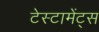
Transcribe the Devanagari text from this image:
टेस्टामेंट्स